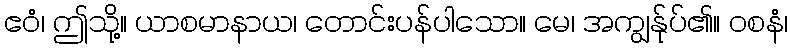
ဧဝံ၊ ဤသို့။ ယာစမာနာယ၊ တောင်းပန်ပါသော။ မေ၊ အကျွန်ုပ်၏။ ဝစနံ၊